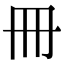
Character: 冊